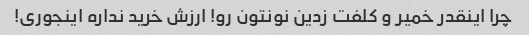
چرا اینقدر خمیر و کلفت زدین نونتون رو! ارزش خرید نداره اینجوری!